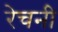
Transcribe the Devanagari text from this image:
रेचनी